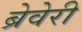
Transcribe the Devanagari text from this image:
ब्रेवेरी